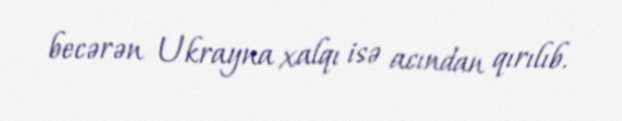
becərən Ukrayna xalqı isə acından qırılıb.